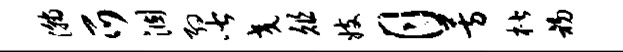
瀚爪涸约皆交俎妓月芳楷初